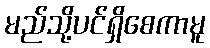
မည်သို့ပင်ရှိစေကာမူ